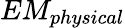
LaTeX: EM_{physical}